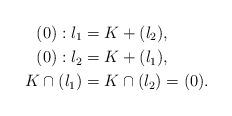
LaTeX: \begin{align*}(0):l_1 &=K+(l_2),\\(0):l_2 &=K+(l_1),\\K\cap (l_1) &= K\cap (l_2)=(0).\end{align*}